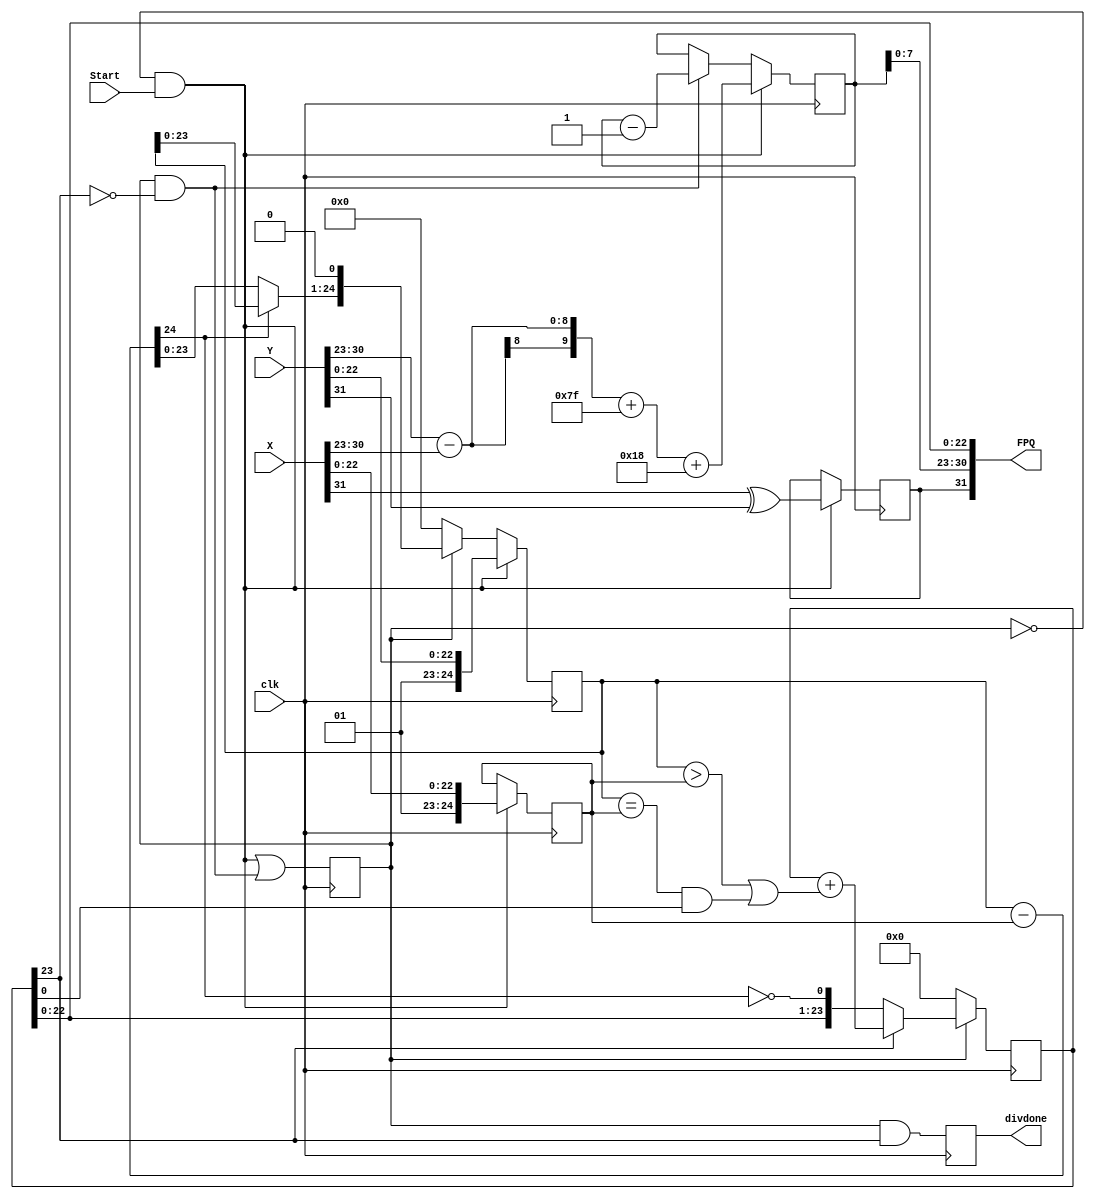
module FPdivide(clk,Start,Y,X,divdone,FPQ); 
input clk, Start;
input [31:0] X,Y;
output reg divdone;
output [31:0] FPQ;

reg [23:0] Q;
reg [9:0] EQ;
reg [24:0] A,B;
reg S, Step;

wire [24:0] AmB;
wire neg, done, Rneed, Wait;

always @(posedge clk)
	begin
		Step <= Wait&Start | Step&~done;	
		Q <= Step ? (done ? Q+Rneed : {Q[22:0],~neg}) : 0;
		B <= Wait&Start ? {2'd1,X[22:0]} : B;
		A <= Wait&Start ? {2'd1,Y[22:0]} : Step ? {neg ? A[23:0] : AmB[23:0],1'd0} : 0;
		S <= Wait&Start ? X[31]^Y[31] : S;
		EQ <= Wait&Start ? ({2'd0,Y[30:23]} - {2'd0,X[30:23]} + 127 + 24) : Step&~done ? EQ - 1 : EQ;
		divdone <= Step&done;
	end
	
assign AmB = A - B;
assign neg = AmB[24];
assign done = Q[23];
assign Rneed = (A>B) | (A==B)&Q[0];
assign FPQ = {S,EQ[7:0],Q[22:0]};

assign Wait = ~Step;

endmodule